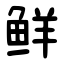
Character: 鲜